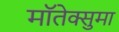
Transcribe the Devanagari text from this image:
मॉतेक्सुमा